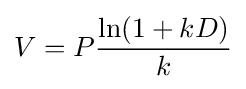
V=P{\frac {\ln(1+kD)}{k}}